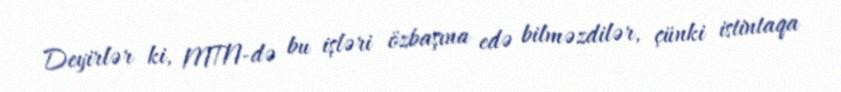
Deyirlər ki, MTN-də bu işləri özbaşına edə bilməzdilər, çünki istintaqa